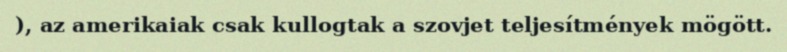
), az amerikaiak csak kullogtak a szovjet teljesítmények mögött.